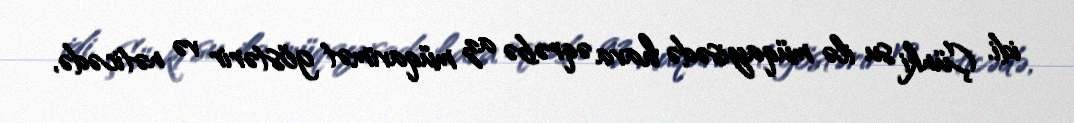
idi. Çünki su ilə müqayisədə hava əqrəbə az müqavimət göstərir və nəticədə,